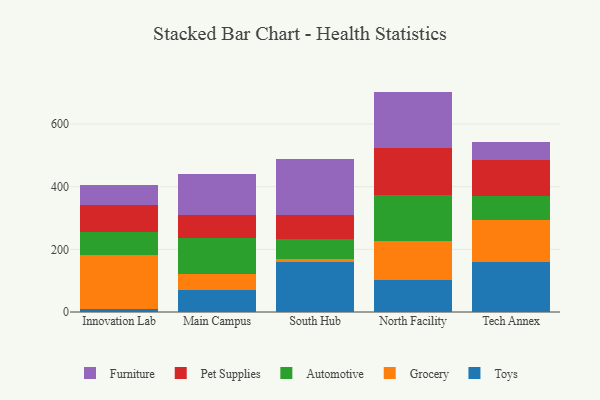
{"axis": {"x": "Campus", "y": "Revenue (USD Million)"}, "legend": ["Automotive", "Furniture", "Grocery", "Pet Supplies", "Toys"], "data": [{"x": "Innovation Lab", "y": 10.0, "type": "Toys"}, {"x": "Innovation Lab", "y": 171.9, "type": "Grocery"}, {"x": "Innovation Lab", "y": 72.0, "type": "Automotive"}, {"x": "Innovation Lab", "y": 88.3, "type": "Pet Supplies"}, {"x": "Innovation Lab", "y": 61.7, "type": "Furniture"}, {"x": "Main Campus", "y": 69.6, "type": "Toys"}, {"x": "Main Campus", "y": 50.3, "type": "Grocery"}, {"x": "Main Campus", "y": 117.3, "type": "Automotive"}, {"x": "Main Campus", "y": 71.6, "type": "Pet Supplies"}, {"x": "Main Campus", "y": 131.0, "type": "Furniture"}, {"x": "South Hub", "y": 160.8, "type": "Toys"}, {"x": "South Hub", "y": 9.1, "type": "Grocery"}, {"x": "South Hub", "y": 61.8, "type": "Automotive"}, {"x": "South Hub", "y": 78.3, "type": "Pet Supplies"}, {"x": "South Hub", "y": 177.5, "type": "Furniture"}, {"x": "North Facility", "y": 102.2, "type": "Toys"}, {"x": "North Facility", "y": 123.4, "type": "Grocery"}, {"x": "North Facility", "y": 146.4, "type": "Automotive"}, {"x": "North Facility", "y": 151.9, "type": "Pet Supplies"}, {"x": "North Facility", "y": 179.6, "type": "Furniture"}, {"x": "Tech Annex", "y": 160.4, "type": "Toys"}, {"x": "Tech Annex", "y": 132.8, "type": "Grocery"}, {"x": "Tech Annex", "y": 76.1, "type": "Automotive"}, {"x": "Tech Annex", "y": 116.6, "type": "Pet Supplies"}, {"x": "Tech Annex", "y": 57.5, "type": "Furniture"}]}